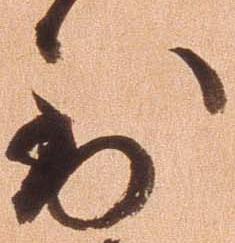
到